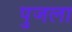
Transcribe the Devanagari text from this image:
पुजला